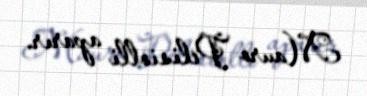
Mauro Pelisiolli aparır.